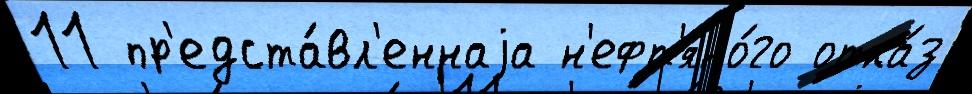
11 пр'едста́вл'еннаjа н'ефт'яно́го отка́з